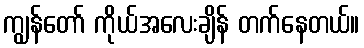
ကျွန်တော် ကိုယ်အလေးချိန် တက်နေတယ်။